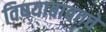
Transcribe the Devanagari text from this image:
विषयाबाबतचे